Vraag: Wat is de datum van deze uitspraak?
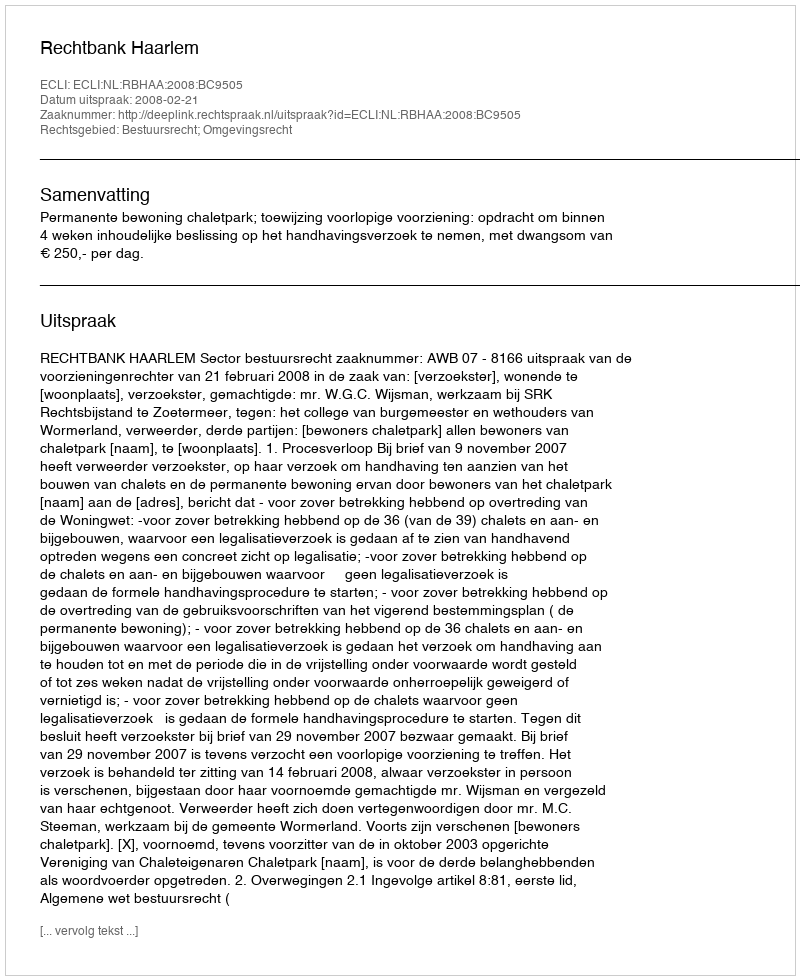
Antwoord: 2008-02-21